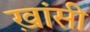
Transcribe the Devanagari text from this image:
ख़ांसी